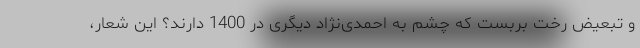
و تبعیض رخت بربست که چشم به احمدی‌نژاد دیگری در 1400 دارند؟ این شعار،